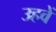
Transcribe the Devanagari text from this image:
उहवें